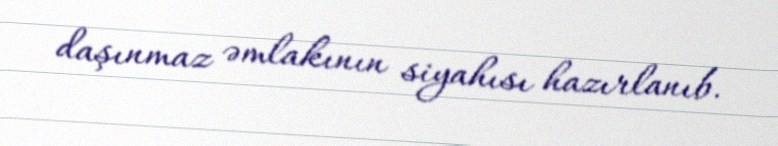
daşınmaz əmlakının siyahısı hazırlanıb.